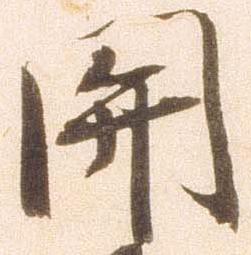
関